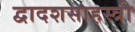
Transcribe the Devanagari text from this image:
द्वादशसाहस्त्री